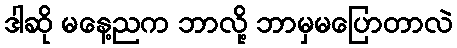
ဒါဆို မနေ့ညက ဘာလို့ ဘာမှမပြောတာလဲ